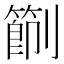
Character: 𠠑